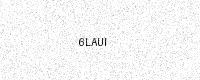
Text: 6LAUI